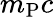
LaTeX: m_{\mathrm{P}}c